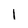
Character: I